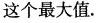
这个最大值.